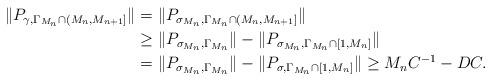
LaTeX: \begin{align*}\|P_{\gamma,\Gamma_{M_n}\cap(M_n,M_{n+1}]}\|&=\|P_{\sigma_{M_n},\Gamma_{M_n}\cap(M_n,M_{n+1}]}\|\\&\geq \|P_{\sigma_{M_n},\Gamma_{M_n}}\|-\|P_{\sigma_{M_n},\Gamma_{M_n}\cap[1,M_{n}]}\|\\&=\|P_{\sigma_{M_n},\Gamma_{M_n}}\|-\|P_{\sigma,\Gamma_{M_n}\cap[1,M_{n}]}\|\geq M_n C^{-1}-DC.\end{align*}